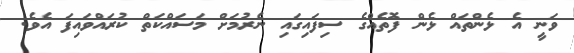
ވަނީ އެ ޅެންތައް ޅެން ފޮތެއްގެ ސިފައިގައި ނެރުމަށް މަސައްކަތް ކުރައްވައިފަ އެވެ.